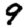
Digit: 9